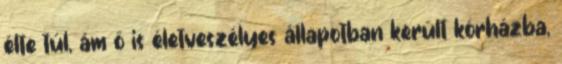
élte túl, ám ő is életveszélyes állapotban került kórházba,